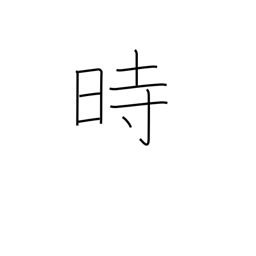
Meaning: hour